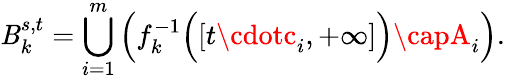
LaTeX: \mathit{B}_{k}^{s,t}=\bigcup_{i=1}^{m}{\Bigl(}f_{k}^{-1}{\Bigl(}[t\cdotc_{i},+\infty]{\Bigr)}\capA_{i}{\Bigr)}.